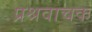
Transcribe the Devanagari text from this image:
प्रश्रवाचक